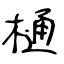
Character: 樋